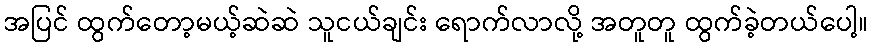
အပြင် ထွက်တော့မယ့်ဆဲဆဲ သူငယ်ချင်း ရောက်လာလို့ အတူတူ ထွက်ခဲ့တယ်ပေါ့။